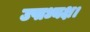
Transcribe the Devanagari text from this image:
उपाध्यक्ष।